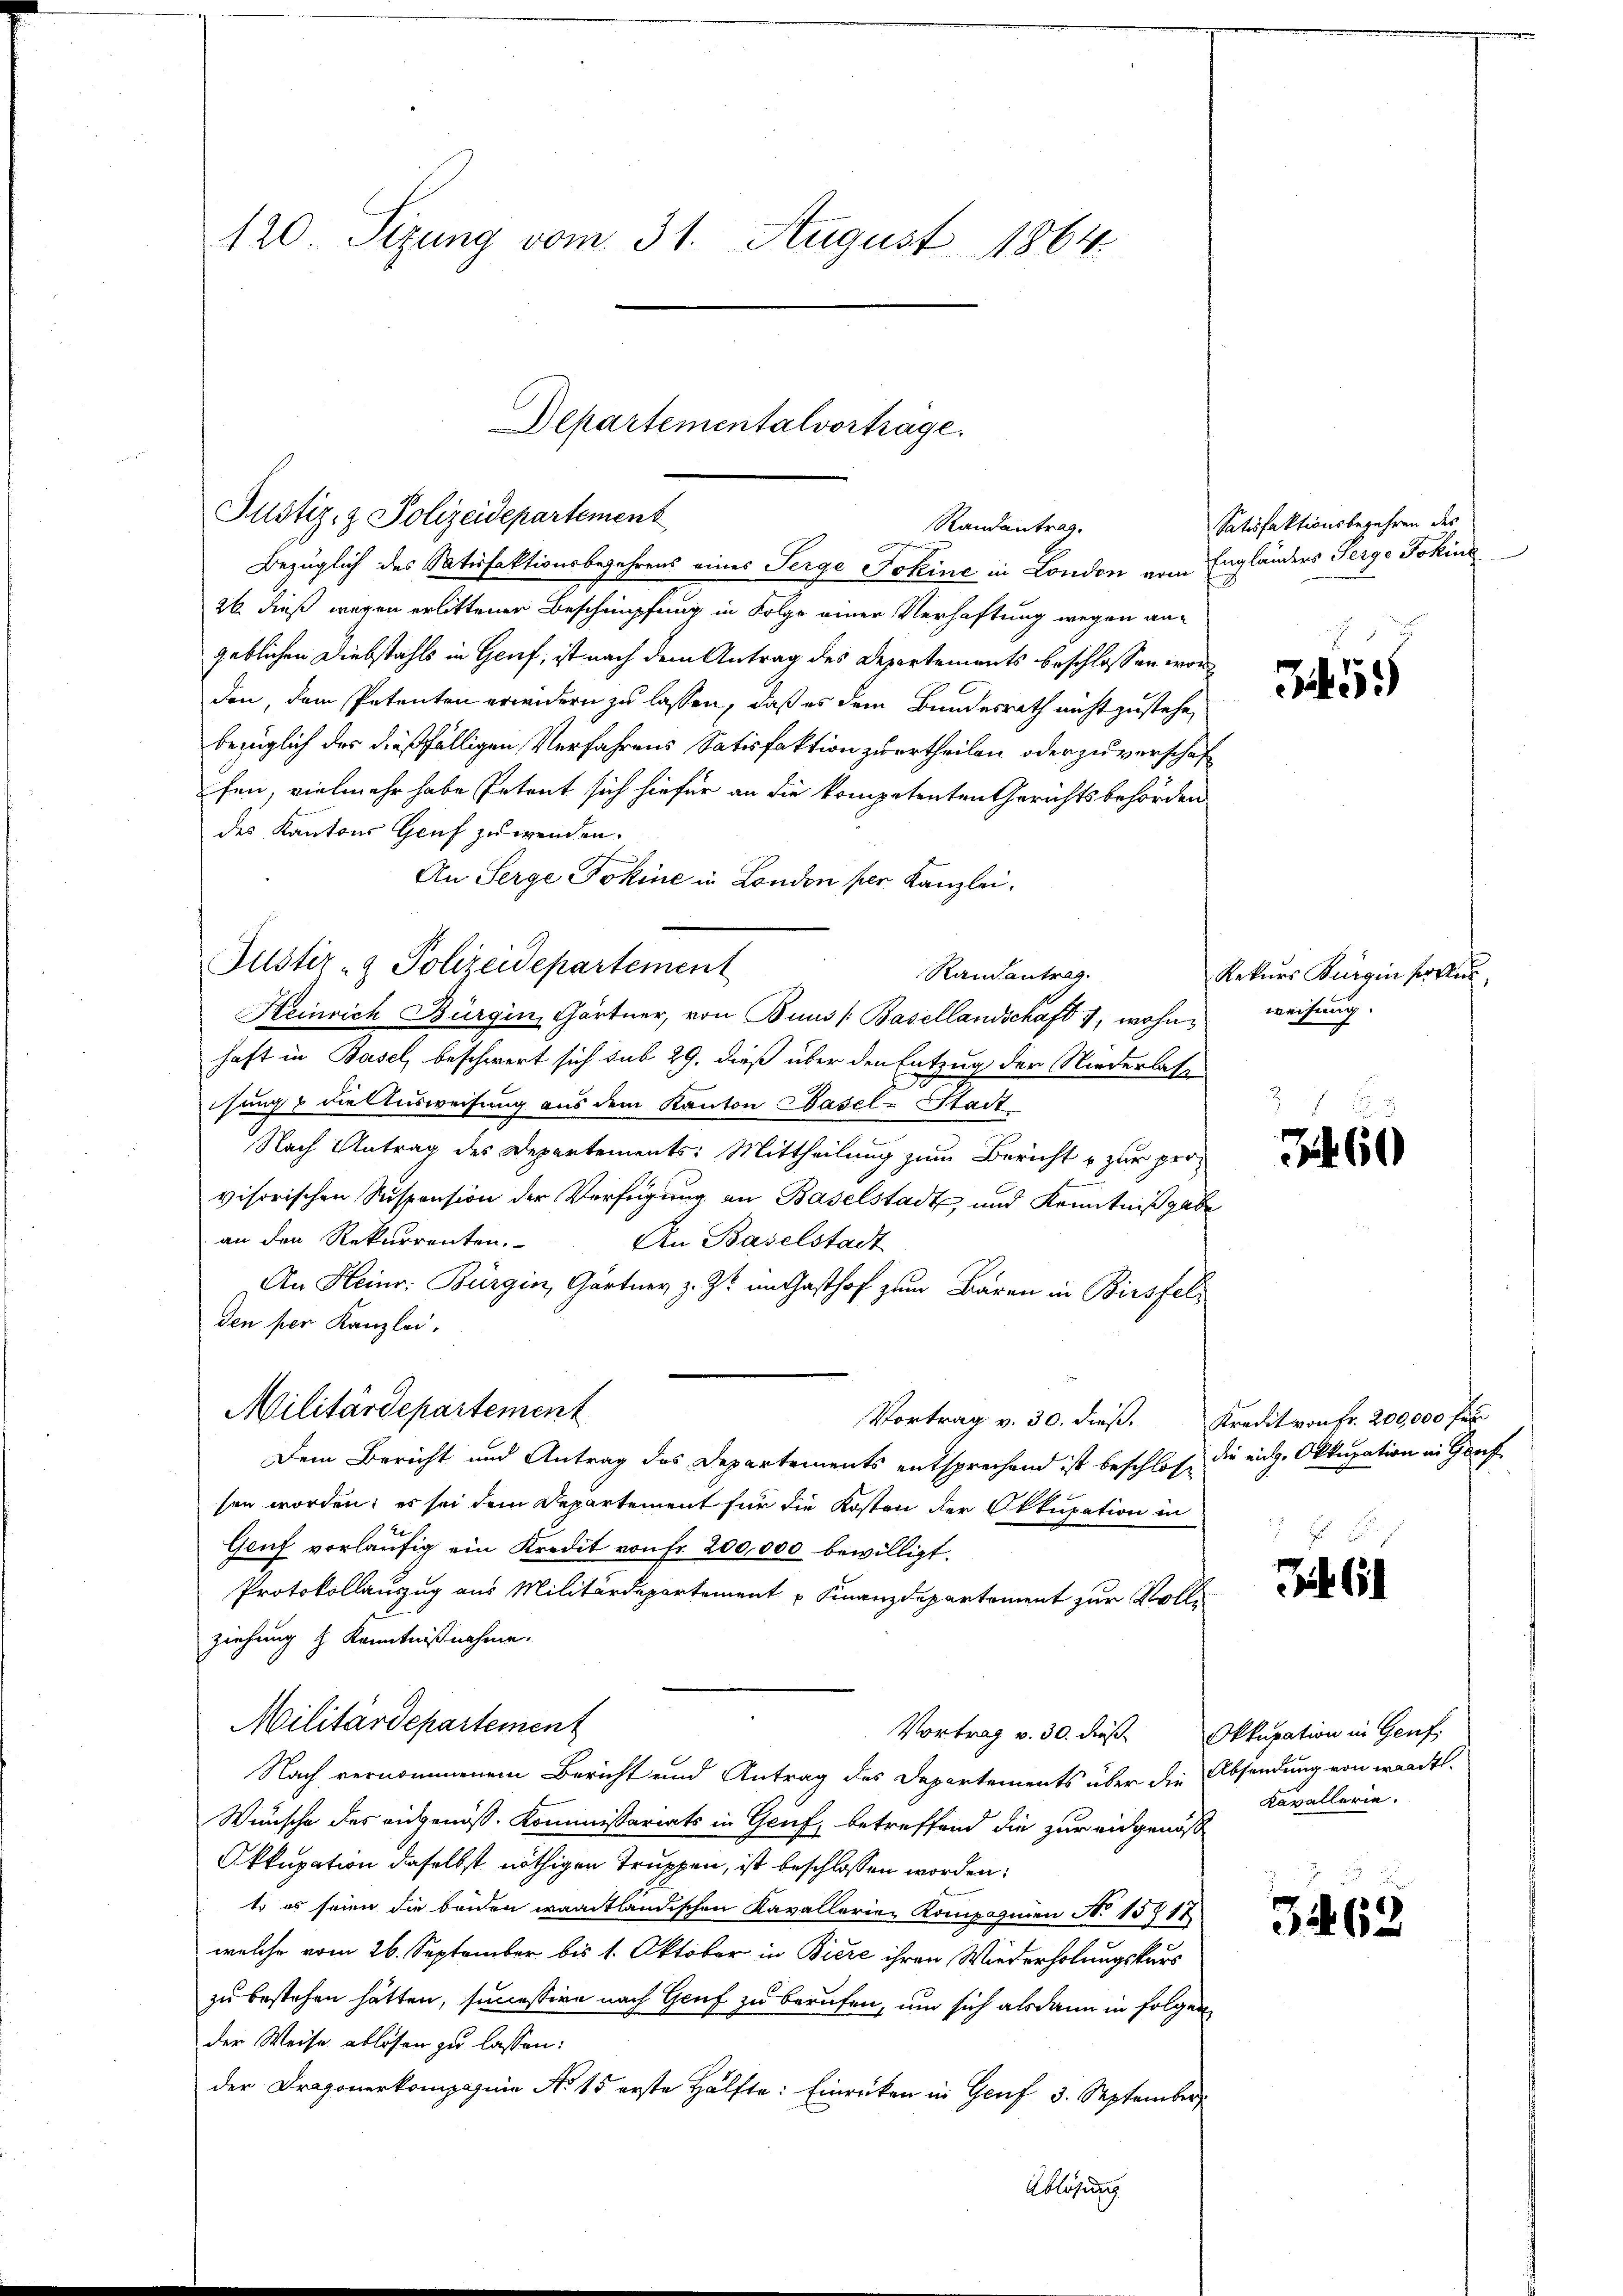
120. Sizung vom 31. August 1864.

Bezüglich des Satisfaktionsbegehrens eines Serge Jokine in London vom Engländers Serge Fokins
26 dieß wegen erlittener Beschnüpfung in Folge einer Verhaftung wegen angeblichen Diebstahls in Genf, ist nach dem Antrag des Departements beschlossen worden, dem Petenten erwidern zu lassen, daß es dem Bundesrath nicht zustehe,
bezüglich der dießfälligen Verfahrens Satisfaktion zu ertheilen oder zu verschaf
fen, vielmehr habe Petent sich hiefür an die kompetenten Gerichtsbehörden
des Kantons Genf zuwenden.
An Serge Fokine in London per Kanzlei.
Randantrag.
Heinrich Bürgin, Gärtner, von Buus (Basellandschaft 1, wohne weisung.
haft in Basel beschwert sich sub 29. dieß über den Entzug der Niederlass
isung & die Ausweisung aus dem Kanton Basel-Stadt
Nach Antrag des Departements: Mittheilung zum Bericht u zur provisorischen Suspension der Verfügung an Baselstadt und Kenntnißgabe
an den Rekurrenten.
An Baselstadt
An Heinr. Bürgin, Gärtner z. Zt. im Gasthof zum Bären in Birsfelden per Kanzlei,
Militärdepartement
Vortrag v. 30. dieß. Kredit von Fr. 200,000 Fu
Dem Bericht und Antrag des Departements entsprechend ist beschlos, die eige Okkupation in Genf
sen worden; es sei dem Departement für die Kosten der Okkupation in
Genf vorläŭfig ein Kredit von fr. 200,000 bewilligt.
Protokollauszug aus Militärdepartement u Finanzdepartement zur Vollziehung & Kenntnißnahme.
Militärdepartement
Vortrag v. 30. dieß Okkupation in Genf,
Nach vernommenem Bericht und Antrag des Departements über die Absendung von waadt.
Wünsche des eidgenöß. Kommissariats in Genf, betreffend die zur eidgenöß
Okkupation daselbst nöthigen Truppen, ist beschlossen worden:
t es seien die beiden waadtländischen Kavallerien Kompagnien N. 15717
welche vom 26. September bis 1. Oktober in Biere ihren Wiederholungskars
zu bestehen hätten, successire nach Genf zu berufen, um sich alsdann in folgen
der Weise ablösen zu lassen:
der Dragonerkompagnie No 15 erste Hälfte: Einrücken in Genf 3. September
Ablösung

Justiz- & Polizeidepartement

Departementalvortrage.
Justiz- & Polizeidepartement
Randantrag.
d

Satisfaktionsbegehren des

G 555

Rekurs Burg in sollen

J 60

Kavallerie.

3462